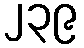
၂၃၉